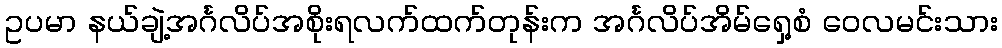
ဥပမာ နယ်ချဲ့အင်္ဂလိပ်အစိုးရလက်ထက်တုန်းက အင်္ဂလိပ်အိမ်ရှေ့စံ ဝေလမင်းသား